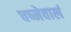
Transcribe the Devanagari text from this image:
चष्मेवालं